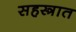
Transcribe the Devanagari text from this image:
सहस्त्रात